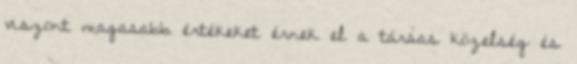
viszont magasabb értékeket érnek el a társas közelség és